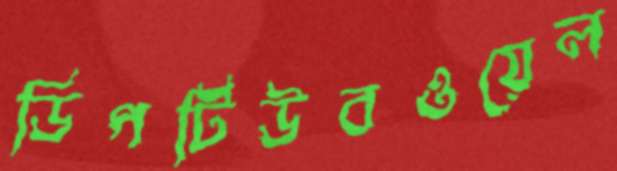
ডিপটিউবওয়েল